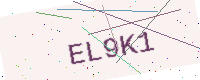
Text: EL9K1